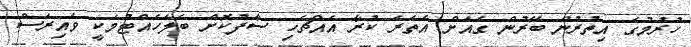
ހުރުމުގެ އިތުރުން ބޭރުން ގެއަށް އެތެރެ ކުރާ އެއްޗެހި ސާފުކޮށް ބެލެހެއްޓުމަކީ ވައިރަސް